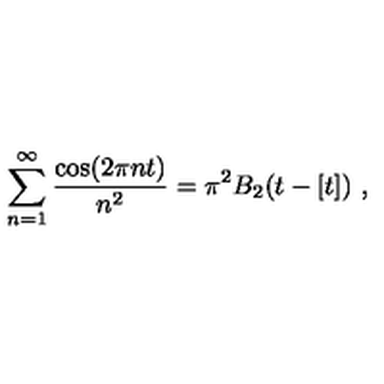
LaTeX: \sum _ { n = 1 } ^ { \infty } { \frac { \cos ( 2 \pi n t ) } { n ^ { 2 } } } = \pi ^ { 2 } B _ { 2 } ( t - [ t ] ) \ ,